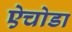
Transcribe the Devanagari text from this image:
ऐचोडा